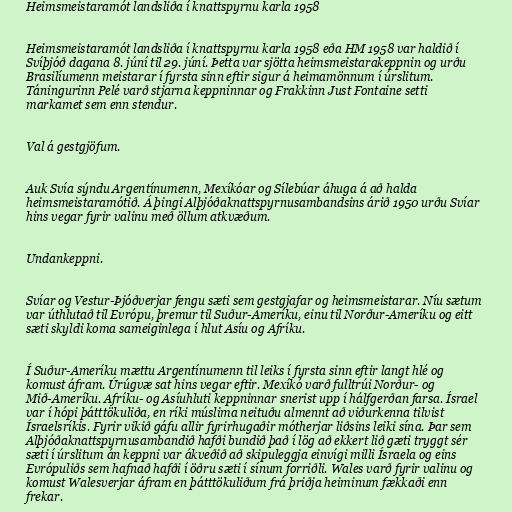
Heimsmeistaramót landsliða í knattspyrnu karla 1958

Heimsmeistaramót landsliða í knattspyrnu karla 1958 eða HM 1958 var haldið í
Svíþjóð dagana 8. júní til 29. júní. Þetta var sjötta heimsmeistarakeppnin og urðu
Brasilíumenn meistarar í fyrsta sinn eftir sigur á heimamönnum í úrslitum.
Táningurinn Pelé varð stjarna keppninnar og Frakkinn Just Fontaine setti
markamet sem enn stendur.

Val á gestgjöfum.

Auk Svía sýndu Argentínumenn, Mexíkóar og Sílebúar áhuga á að halda
heimsmeistaramótið. Á þingi Alþjóðaknattspyrnusambandsins árið 1950 urðu Svíar
hins vegar fyrir valinu með öllum atkvæðum.

Undankeppni.

Svíar og Vestur-Þjóðverjar fengu sæti sem gestgjafar og heimsmeistarar. Níu sætum
var úthlutað til Evrópu, þremur til Suður-Ameríku, einu til Norður-Ameríku og eitt
sæti skyldi koma sameiginlega í hlut Asíu og Afríku.

Í Suður-Ameríku mættu Argentínumenn til leiks í fyrsta sinn eftir langt hlé og
komust áfram. Úrúgvæ sat hins vegar eftir. Mexíkó varð fulltrúi Norður- og
Mið-Ameríku. Afríku- og Asíuhluti keppninnar snerist upp í hálfgerðan farsa. Ísrael
var í hópi þátttökuliða, en ríki múslima neituðu almennt að viðurkenna tilvist
Ísraelsríkis. Fyrir vikið gáfu allir fyrirhugaðir mótherjar liðsins leiki sína. Þar sem
Alþjóðaknattspyrnusambandið hafði bundið það í lög að ekkert lið gæti tryggt sér
sæti í úrslitum án keppni var ákveðið að skipuleggja einvígi milli Ísraela og eins
Evrópuliðs sem hafnað hafði í öðru sæti í sínum forriðli. Wales varð fyrir valinu og
komust Walesverjar áfram en þátttökuliðum frá þriðja heiminum fækkaði enn
frekar.